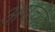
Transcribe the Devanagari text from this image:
अपचेय